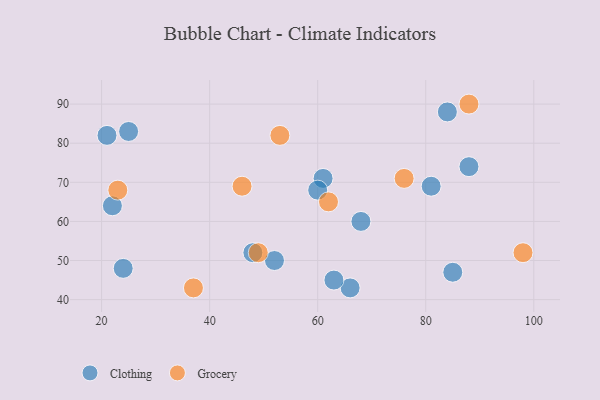
{"axis": {"x": "GDP", "y": "Life Expectancy"}, "legend": ["Clothing", "Grocery"], "data": [{"x": "84", "y": 88, "type": "Clothing"}, {"x": "48", "y": 52, "type": "Clothing"}, {"x": "52", "y": 50, "type": "Clothing"}, {"x": "66", "y": 43, "type": "Clothing"}, {"x": "25", "y": 83, "type": "Clothing"}, {"x": "24", "y": 48, "type": "Clothing"}, {"x": "61", "y": 71, "type": "Clothing"}, {"x": "85", "y": 47, "type": "Clothing"}, {"x": "68", "y": 60, "type": "Clothing"}, {"x": "21", "y": 82, "type": "Clothing"}, {"x": "60", "y": 68, "type": "Clothing"}, {"x": "88", "y": 74, "type": "Clothing"}, {"x": "22", "y": 64, "type": "Clothing"}, {"x": "63", "y": 45, "type": "Clothing"}, {"x": "81", "y": 69, "type": "Clothing"}, {"x": "49", "y": 52, "type": "Grocery"}, {"x": "37", "y": 43, "type": "Grocery"}, {"x": "53", "y": 82, "type": "Grocery"}, {"x": "98", "y": 52, "type": "Grocery"}, {"x": "62", "y": 65, "type": "Grocery"}, {"x": "23", "y": 68, "type": "Grocery"}, {"x": "46", "y": 69, "type": "Grocery"}, {"x": "76", "y": 71, "type": "Grocery"}, {"x": "88", "y": 90, "type": "Grocery"}]}